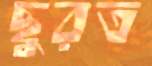
ছুরত